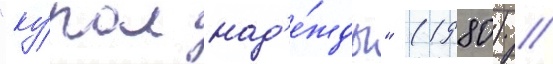
"ку́пол над'е́жды" (1980) /